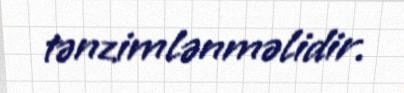
tənzimlənməlidir.